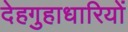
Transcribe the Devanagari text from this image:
देहगुहाधारियों